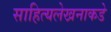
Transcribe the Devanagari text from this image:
साहित्यलेखनाकडे